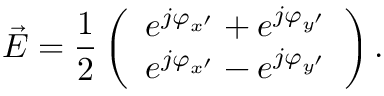
\vec { E } = \frac { 1 } { 2 } \left( \begin{array} { l } { e ^ { j \varphi _ { { x ^ { \prime } } } } + e ^ { j \varphi _ { { y ^ { \prime } } } } } \\ { e ^ { j \varphi _ { { x ^ { \prime } } } } - e ^ { j \varphi _ { { y ^ { \prime } } } } } \end{array} \right) .